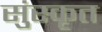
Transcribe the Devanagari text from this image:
सुंस्कृत